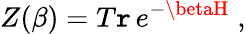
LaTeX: Z(\beta)=T\mathtt{r}\, e^{-\betaH}\; ,